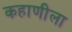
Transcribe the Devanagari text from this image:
कहाणीला